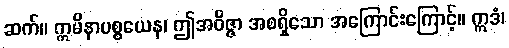
ဆက်။ ဣမိနာပစ္စယေန၊ ဤအဝိဇ္ဇာ အစရှိသော အကြောင်းကြောင့်။ ဣဒံ၊